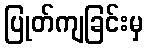
ပြုတ်ကျခြင်းမှ